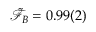
\tilde { \mathcal { F } } _ { B } = 0 . 9 9 ( 2 )